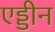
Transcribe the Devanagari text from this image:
एड्डीन